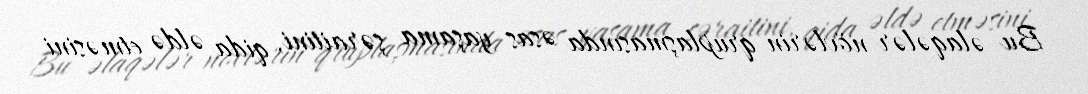
Bu əlaqələr növlərin qruplaşmasında əsas yaşama şəraitini, qida əldə etməsini